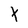
Character: t